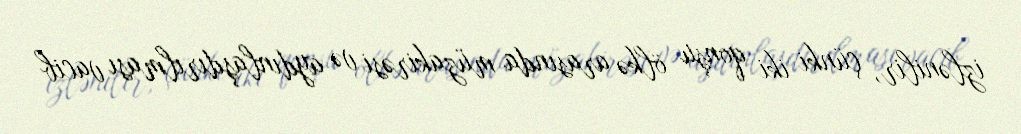
izlənilir, çünki iki qonşu ölkə arasında müzakirəsi və aydınlaşdırılması vacib